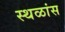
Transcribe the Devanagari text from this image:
स्थळांस